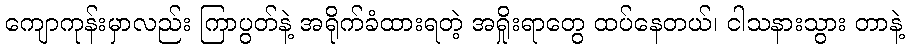
ကျောကုန်းမှာလည်း ကြာပွတ်နဲ့ အရိုက်ခံထားရတဲ့ အရှိုးရာတွေ ထပ်နေတယ်၊ ငါသနားသွား တာနဲ့